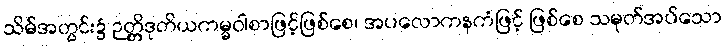
သိမ်အတွင်း၌ ဉတ္တိဒုတိယကမ္မဝါစာဖြင့်ဖြစ်စေ၊ အပလောကနကံဖြင့် ဖြစ်စေ သမုတ်အပ်သော